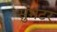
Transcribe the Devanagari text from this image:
सुमटर